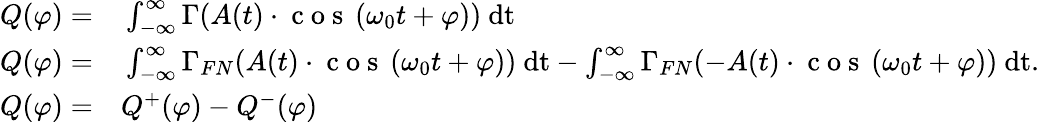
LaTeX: \begin{array}{rl}{Q(\varphi)=}&{{}\int_{-\infty}^{\infty}\Gamma(A(t)\cdot\mathrm{~c~o~s~}\left(\omega_{0}t+\varphi\right))~\mathrm{dt}}\\ {Q(\varphi)=}&{{}\int_{-\infty}^{\infty}\Gamma_{FN}(A(t)\cdot\mathrm{~c~o~s~}\left(\omega_{0}t+\varphi\right))~\mathrm{dt}-\int_{-\infty}^{\infty}\Gamma_{FN}(-A(t)\cdot\mathrm{~c~o~s~}\left(\omega_{0}t+\varphi\right))~\mathrm{dt}.}\\ {Q(\varphi)=}&{{}Q^{+}(\varphi)-Q^{-}(\varphi)}\end{array}